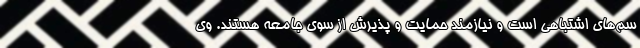
سم‌های اشتباهی است و نیازمند حمایت و پذیرش از سوی جامعه هستند. وی